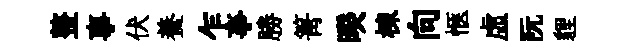
整事伏養乍亊勝箐暌棟向愜虛阮貍